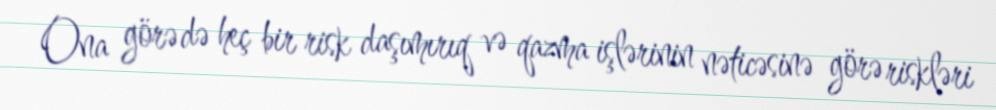
Ona görə də heç bir risk daşımırıq və qazma işlərinin nəticəsinə görə riskləri